Lunatic asylums Punjab 1868-1880 - 1868-1880
Year: 1868
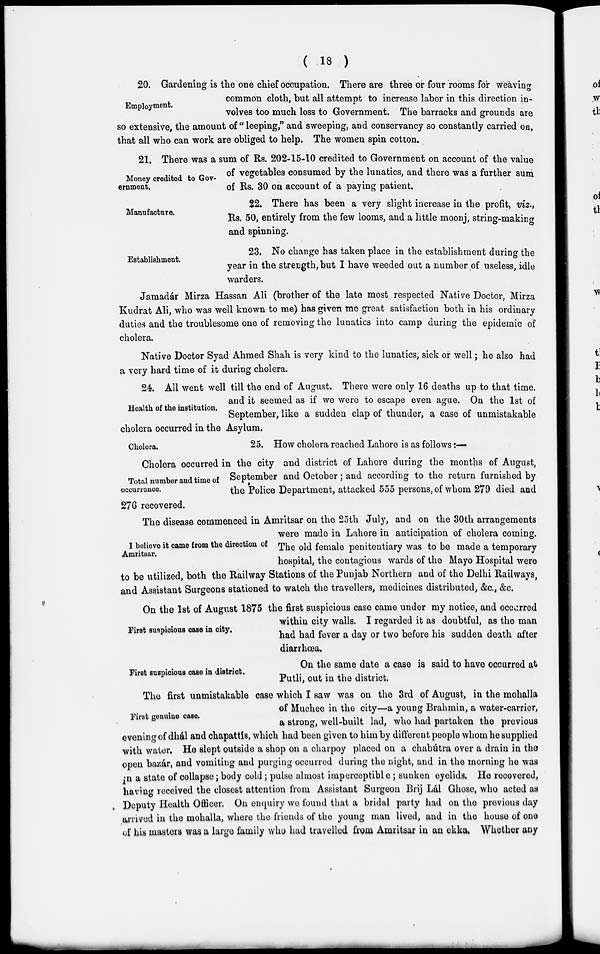
( 18 )
Employment.
20. Gardening is the one chief occupation. There are three or four rooms for weaving
common cloth, but all attempt to increase labor in this direction in-
volves too much loss to Government. The barracks and grounds are
so extensive, the amount of " leeping," and sweeping, and conservancy so constantly carried on,
that all who can work are obliged to help. The women spin cotton.
Money credited to Gov-
ernment.
21. There was a sum of Rs. 202-15-10 credited to Government on account of the value
of vegetables consumed by the lunatics, and there was a further sum
of Rs. 30 on account of a paying patient.
Manufacture.
22. There has been a very slight increase in the profit, viz.,
Rs. 50, entirely from the few looms, and a little moonj, string-making
and spinning.
Establishment.
23. No change has taken place in the establishment during the
year in the strength, but I have weeded out a number of useless, idle
warders.
Jamadár Mirza Hassan Ali (brother of the late most respected Native Doctor, Mirza
Kudrat Ali, who was well known to me) has given me great satisfaction both in his ordinary
duties and the troublesome one of removing the lunatics into camp during the epidemic of
cholera.
Native Doctor Syad Ahmed Shah is very kind to the lunatics, sick or well; he also had
a very hard time of it during cholera.
Health of the institution.
24. All went well till the end of August. There were only 16 deaths up to that time.
and it seemed as if we were to escape even ague. On the 1st of
September, like a sudden clap of thunder, a case of unmistakable
cholera occurred in the Asylum.
Cholera.
Total number and time of
occurrence.
25. How cholera reached Lahore is as follows :—
Cholera occurred in the city and district of Lahore during the months of August,
September and October; and according to the return furnished by
the Police Department, attacked 555 persons, of whom 279 died and
276 recovered.
I believe it came from the direction of
Amritsar.
The disease commenced in Amritsar on the 25th July, and on the 30th arrangements
were made in Lahore in anticipation of cholera coming.
The old female penitentiary was to be made a temporary
hospital, the contagious wards of the Mayo Hospital were
to be utilized, both the Railway Stations of the Punjab Northern and of the Delhi Railways,
and Assistant Surgeons stationed to watch the travellers, medicines distributed, &c., &c.
First suspicious case in city.
On the 1st of August 1875 the first suspicious case came under my notice, and occurred
within city walls. I regarded it as doubtful, as the man
had had fever a day or two before his sudden death after
diarrhœa.
First suspicious case in district.
On the same date a case is said to have occurred at
Putli, out in the district.
First genuine case.
The first unmistakable case which I saw was on the 3rd of August, in the mohalla
of Muchee in the city—a young Brahmin, a water-carrier,
a strong, well-built lad, who had partaken the previous
evening of dhál and chapattís, which had been given to him by different people whom he supplied
with water. He slept outside a shop on a charpoy placed on a chabútra over a drain in the
open bazár, and vomiting and purging occurred during the night, and in the morning he was
in a state of collapse; body cold; pulse almost imperceptible; sunken eyelids. He recovered,
having received the closest attention from Assistant Surgeon Brij Lál Ghose, who acted as
Deputy Health Officer. On enquiry we found that a bridal party had on the previous day
arrived in the mohalla, where the friends of the young man lived, and in the house of one
of his masters was a large family who had travelled from Amritsar in an ekka, Whether any